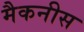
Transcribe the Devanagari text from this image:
मैकनीस